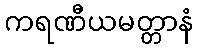
ကရဏီယမတ္တာနံ